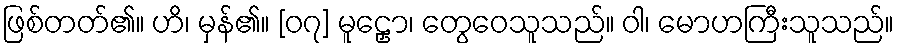
ဖြစ်တတ်၏။ ဟိ၊ မှန်၏။ [၀၇] မူဠှော၊ တွေဝေသူသည်။ ဝါ၊ မောဟကြီးသူသည်။